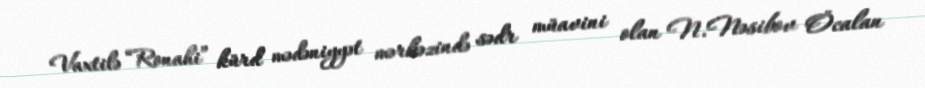
Vaxtilə “Ronahi” kürd mədəniyyət mərkəzində sədr müavini olan N.Nəsibov Öcalan